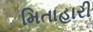
મિતાહારી